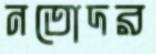
নতোদর